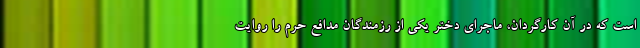
است که در آن کارگردان، ماجرای دختر یکی از رزمندگان مدافع حرم را روایت